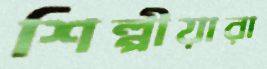
শিল্পীয়ারা